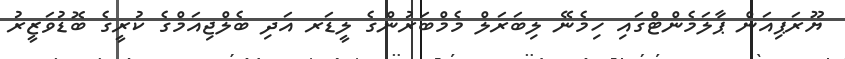
ޔޫރަޕިއަން ޕާލަމެންޓްގައި ހިމެނޭ ލިބަރަލް މެމްބަރުންގެ ލީޑަރ އަދި ބެލްޖިއަމްގެ ކުރީގެ ބޮޑުވަޒީރު